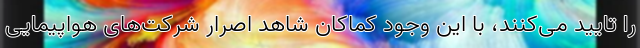
را تایید می‌کنند، با این وجود کماکان شاهد اصرار شرکت‌های هواپیمایی